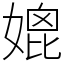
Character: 媲